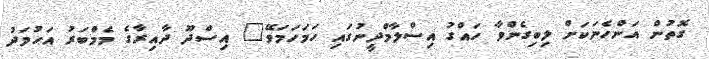
ގޮތުން އަންހެނަކަށް ލިބިގެންވާ ހައްގު އިސްލާމްދީނުގައި ހަމަހަމަވޭ" އިސްދޫ ދާއިރާގެ މެމްބަރު އަހުމަދު